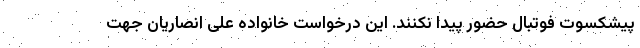
پیشکسوت فوتبال حضور پیدا نکنند. این درخواست خانواده علی انصاریان جهت